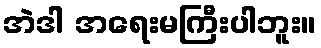
အဲဒါ အရေးမကြီးပါဘူး။